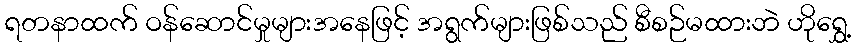
ရတနာထက် ဝန်ဆောင်မှုများအနေဖြင့် အရွက်များဖြစ်သည် စီစဉ်မထားဘဲ ဟိုရွှေ့